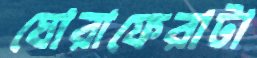
ঘোরাফেরাটা